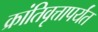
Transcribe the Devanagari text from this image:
क्रांतिवृत्तापर्यंत